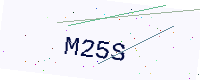
Text: M25S